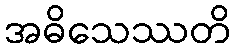
အဓိသေဿတိ